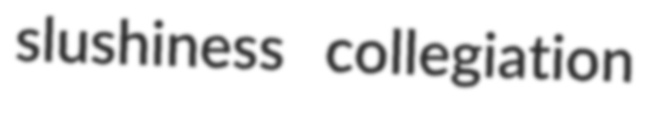
slushiness collegiation